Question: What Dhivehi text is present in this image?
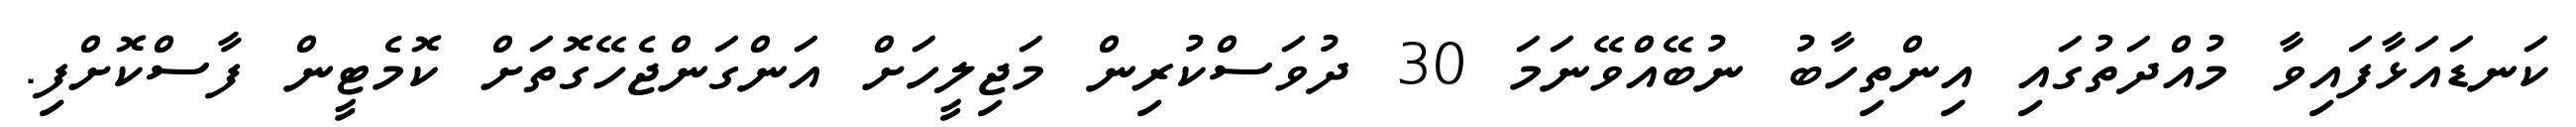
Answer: ކަނޑައަޅާފައިވާ މުއްދަތުގައި އިންތިހާބު ނުބޭއްވޭނަމަ 30 ދުވަސްކުރިން މަޖިލީހަށް އަންގަންޖެހޭގޮތަށް ކޮމެޓީން ފާސްކޮށްފި.